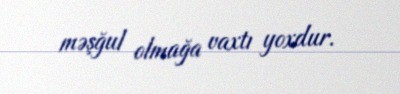
məşğul olmağa vaxtı yoxdur.